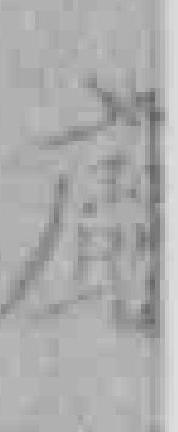
*